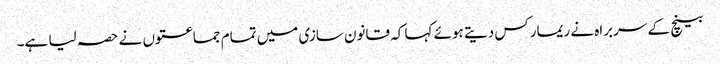
بینچ کے سربراہ نے ریمارکس دیتے ہوئے کہا کہ قانون سازی میں تمام جماعتوں نے حصہ لیا ہے۔